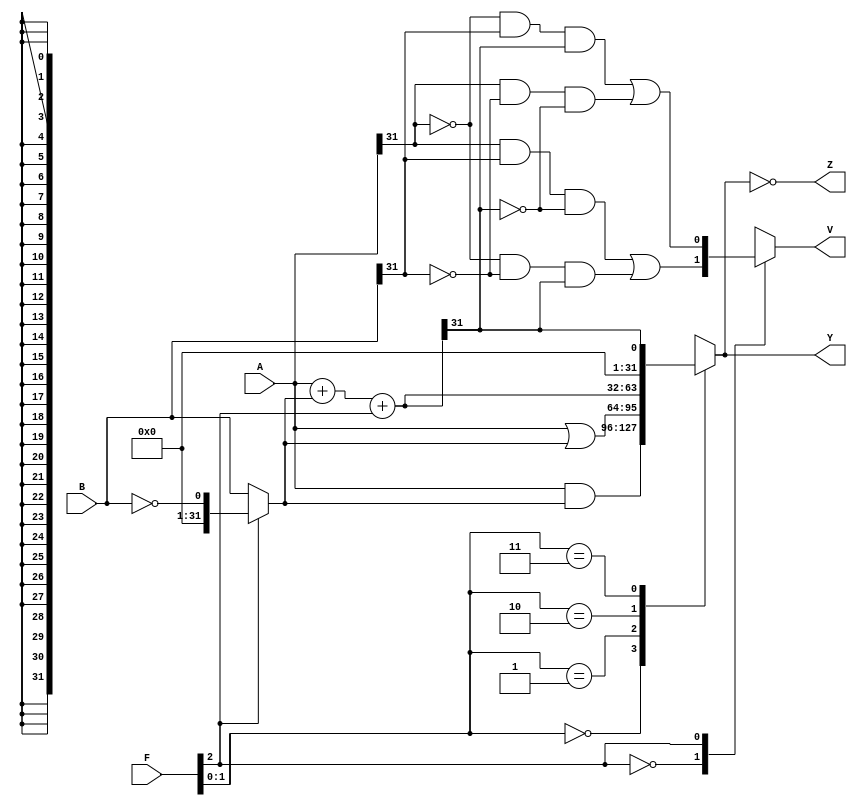
module ALU_Design(A, B, F, Y, V, Z);
input[31:0] A, B;
input[2:0] F;
output reg[31:0] Y;
output reg V;
output Z;
wire[31:0] S, BB;

assign BB = F[2] ? ! B :B;
assign S = A + BB +F[2];

always @ (*)
case (F[1:0])
2'b00: Y <= A & BB;
2'b01: Y <= A | BB;
2'B10: Y <= S;
2'B11: Y <= S[31];
endcase

assign Z = (Y == 32'b0);

always @ (*)

case (F[2])

1'b0: V <= (A[31] & B[31] & ~S[31]) | (~A[31] & ~B[31] & S[31]);
1'b1: V <= (~A[31] & B[31] & S[31]) | (A[31] & ~B[31] & ~S[31]);
default: V <= 1'b0;
endcase
endmodule